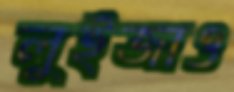
লুইজাও